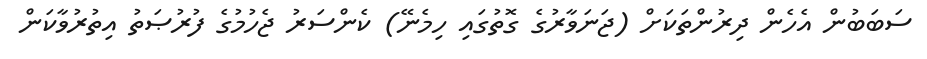
ސަބަބުން އެހެން ދިރުންތަކަށް (ޖަނަވާރުގެ ގޮތުގައި ހިމެނޭ) ކެންސަރު ޖެހުމުގެ ފުރުޞަތު އިތުރުވާކަން